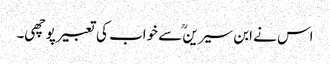
اس نے ابن سیرینؒ سے خواب کی تعبیر پوچھی۔